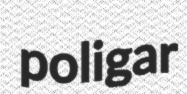
poligar